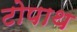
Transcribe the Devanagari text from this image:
टोपाथ